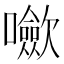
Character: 𡄥